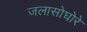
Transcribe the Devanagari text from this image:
जलासोघोरे